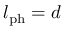
l _ { \mathrm { p h } } = d